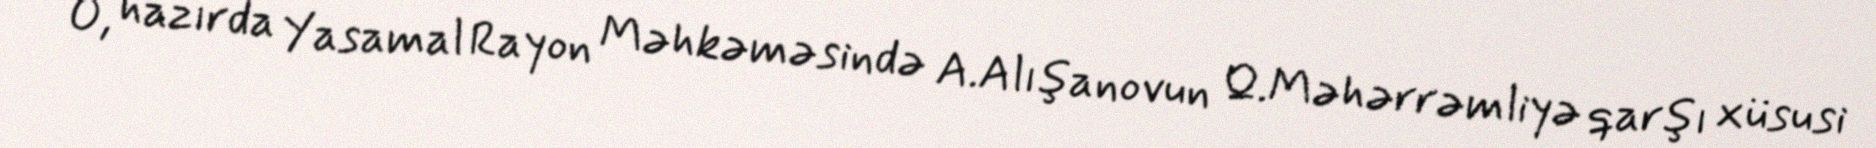
O, hazırda Yasamal Rayon Məhkəməsində A.Alışanovun Q.Məhərrəmliyə qarşı xüsusi